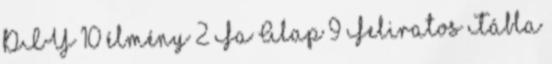
DIY 10 élmény 2 Fa Alap 9 Feliratos Tábla